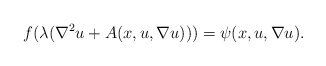
\begin{align*}f (\lambda (\nabla^2 u + A (x, u, \nabla u))) = \psi (x, u, \nabla u).\end{align*}